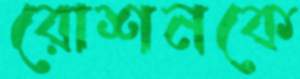
রোশনকে